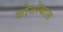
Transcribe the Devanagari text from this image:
कोजोकारू